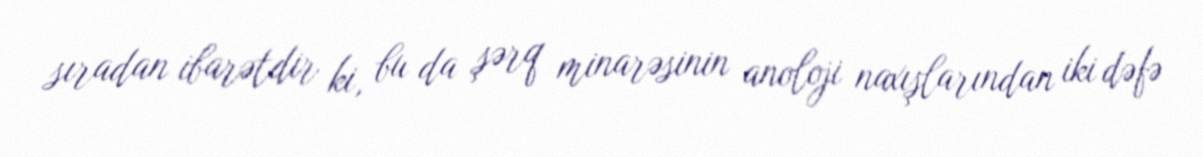
sıradan ibarətdir ki, bu da şərq minarəsinin anoloji naxışlarından iki dəfə